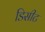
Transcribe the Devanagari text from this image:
डिसीट